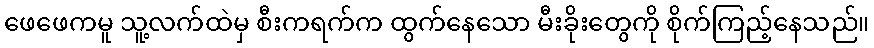
ဖေဖေကမူ သူ့လက်ထဲမှ စီးကရက်က ထွက်နေသော မီးခိုးတွေကို စိုက်ကြည့်နေသည်။